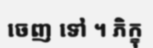
ចេញ ទៅ ។ ភិក្ខុ